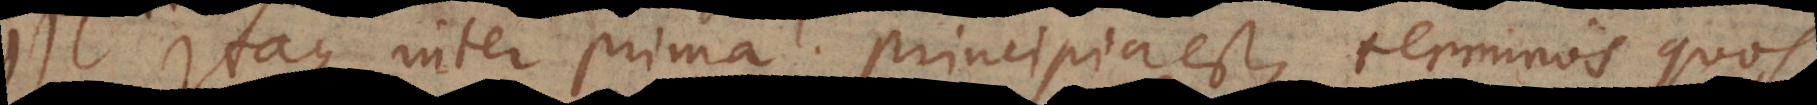
Itaque inter prima principia est, terminos quos